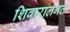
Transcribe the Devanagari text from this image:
शिवारालगत